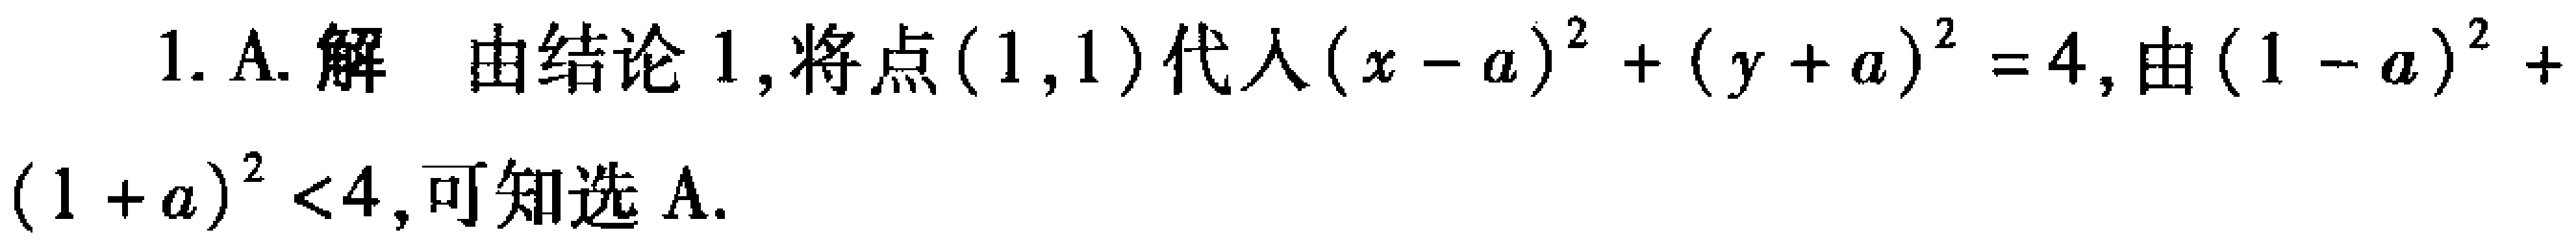
1. A. 解 由结论 1, 将点\((1,1)\)代入\((x - a)^{2}+(y + a)^{2}=4\), 由\((1 - a)^{2}+(1 + a)^{2}<4\), 可知选 A.